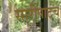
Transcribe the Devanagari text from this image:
सारीपाटच